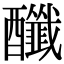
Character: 䤘